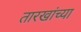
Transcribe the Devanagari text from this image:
तारखांच्या